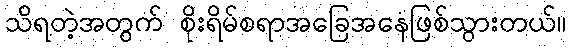
သိရတဲ့အတွက် စိုးရိမ်စရာအခြေအနေဖြစ်သွားတယ်။